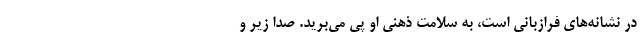
در نشانه‌های فرازبانی است، به سلامت ذهنی او پی می‌برید. صدا زیر و